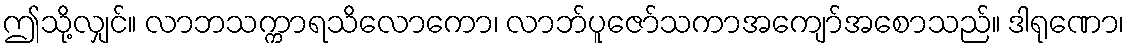
ဤသို့လျှင်။ လာဘသက္ကာရသိလောကော၊ လာဘ်ပူဇော်သကာအကျော်အစောသည်။ ဒါရုဏော၊